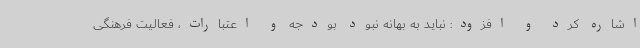
اشاره کرد و افزود: نباید به بهانه نبود بودجه و اعتبارات، فعالیت فرهنگی